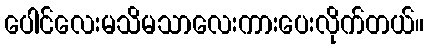
ပေါင်လေးမသိမသာလေးကားပေးလိုက်တယ်။